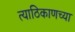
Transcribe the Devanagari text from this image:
त्याठिकाणच्या